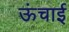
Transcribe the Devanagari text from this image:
ऊंचार्इ